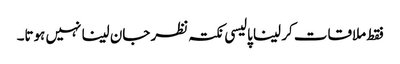
فقط ملاقات کر لینا پالیسی نکتہ نظر جان لینا نہیں ہوتا۔